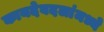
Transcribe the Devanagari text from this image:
कायदेबदलांमध्ये